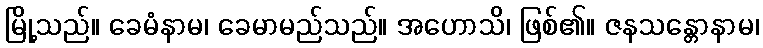
မြို့သည်။ ခေမံနာမ၊ ခေမာမည်သည်။ အဟောသိ၊ ဖြစ်၏။ ဇနသန္တောနာမ၊